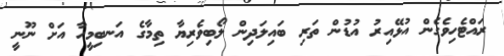
ރައްޓެހިވެގެން އުޅޭއިރު އުޑުން ތަރި ބައިލަދިން ލޯބިވެރިޔާ ތިމާގެ އަނބިމީހާ އަށް ނޫނީ